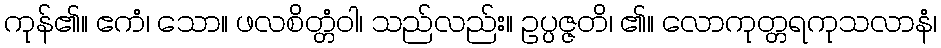
ကုန်၏။ ဧကံ၊ သော။ ဖလစိတ္တံဝါ၊ သည်လည်း။ ဥပ္ပဇ္ဇတိ၊ ၏။ လောကုတ္တရကုသလာနံ၊